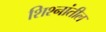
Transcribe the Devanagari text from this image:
शिश्नांतील